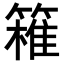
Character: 𥴛